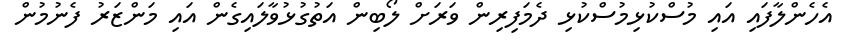
އެހެންލާފައި އައި މުސްކުޅިމުސްކުޅި ދެމަފިރިން ވަރަށް ލޯބިން އަތުގުޅުވާލައިގެން އައި މަންޒަރު ފެނުމުން